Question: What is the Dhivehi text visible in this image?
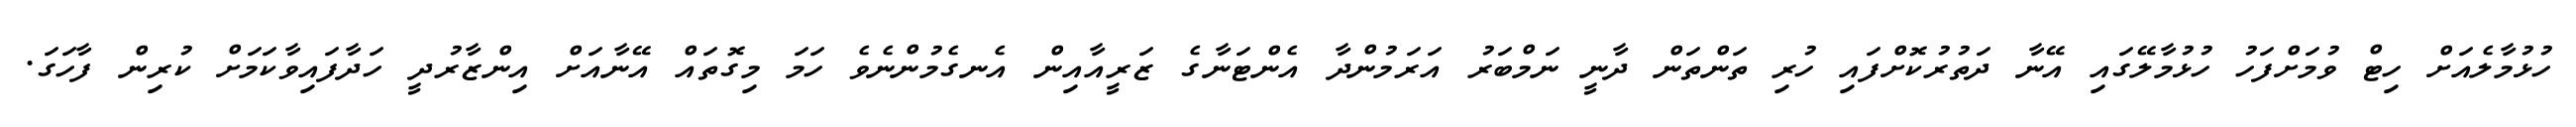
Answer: ހުޅުމާލެއަށް ހިޓް ވުމަށްފަހު ހުޅުމާލޭގައި އޭނާ ދަތުރުކޮށްފައި ހުރި ތަންތަން ދާނީ ނަމްބަރު އަރަމުންދާ އެންޓަނާގެ ޒަރީއާއިން އެނގެމުންނެވެ ހަމަ މިގޮތައް އޭނާއަށް އިންޒާރުދީ ހަދާފައިވާކަމަށް ކުރިން ފާހަގަ.